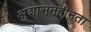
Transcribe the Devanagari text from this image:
अुशासनहीनता